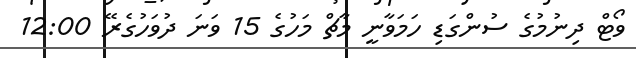
ވޯޓް ދިނުމުގެ ސުންގަޑި ހަމަވާނީ މާޗް މަހުގެ 15 ވަނަ ދުވަހުގެރޭ 12:00